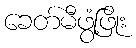
ခေတ်မီဖွံ့ဖြိုး